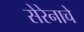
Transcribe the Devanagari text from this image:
सेरेनाचे